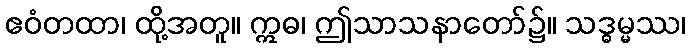
ဧဝံတထာ၊ ထို့အတူ။ ဣဓ၊ ဤသာသနာတော်၌။ သဒ္ဓမ္မဿ၊